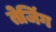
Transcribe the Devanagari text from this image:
तेजिंग